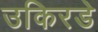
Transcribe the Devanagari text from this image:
उकिरडे